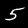
Label: 5